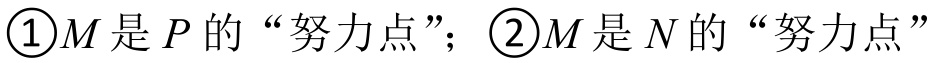
\textcircled{1}\(M\)是\(P\)的“努力点”；\textcircled{2}\(M\)是\(N\)的“努力点”